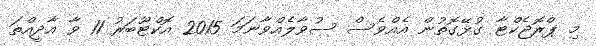
މި ޕްރޮޖެކްޓާ ގުޅޭގޮތުން އެއްވެސް ސުވާލެއްވާނަމަ 2015 އޮކްޓޫބަރު 11 ވާ އާދީއްތަ